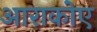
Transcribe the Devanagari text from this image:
आराकोए